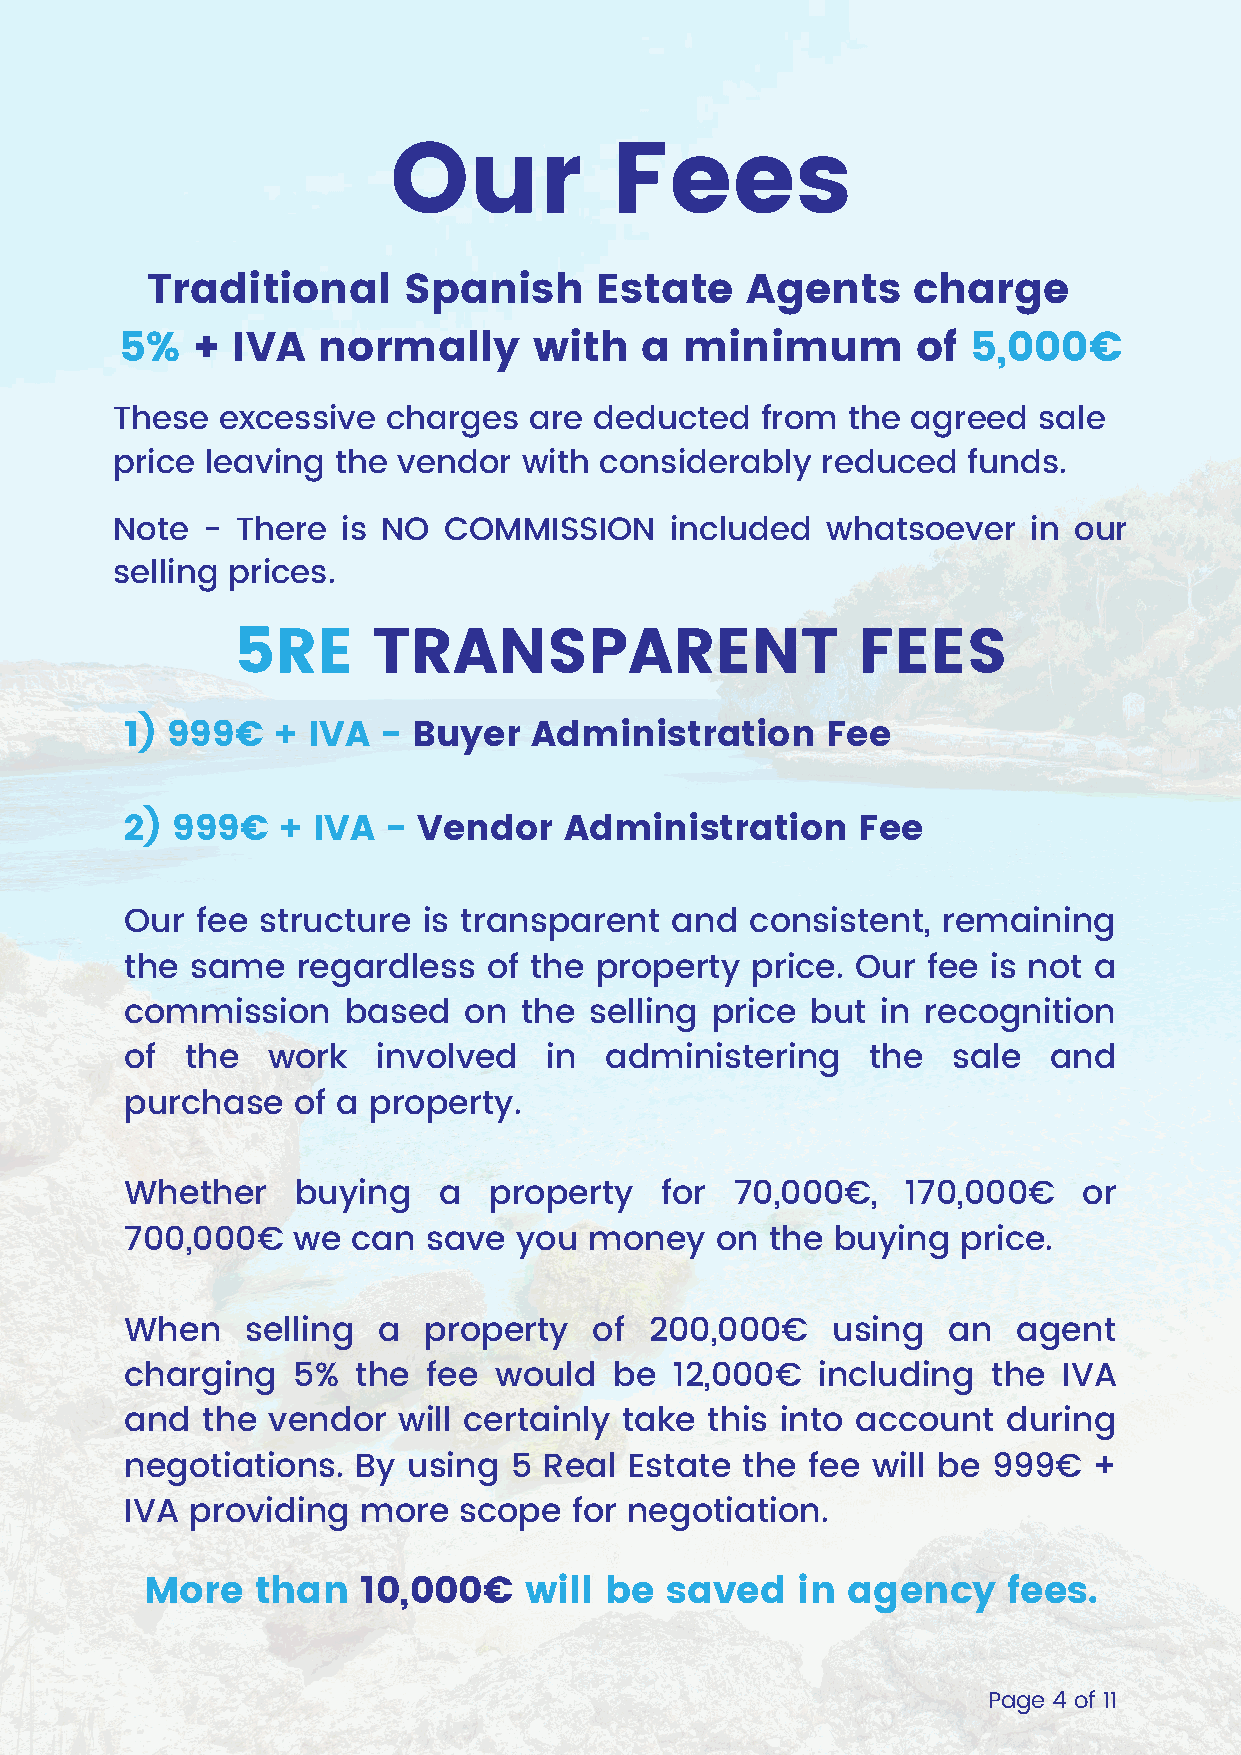
Our           Fees
 Traditional      Spanish     Estate    Agents     charge
 5%   + IVA   normally      with   a  minimum         of 5,000€
 These  excessive   charges  are deducted   from  the agreed   sale
 price  leaving the vendor   with considerably  reduced   funds.
 Note  -  There  is NO COMMISSION     included   whatsoever   in our
 selling prices.
 5RE       TRANSPARENT                     FEES
 1) 999€   + IVA  - Buyer   Administration      Fee
 2) 999€   +  IVA  - Vendor   Administration      Fee
 Our  fee structure  is transparent  and   consistent, remaining
 the  same   regardless  of the property   price. Our fee  is not a
 commission     based   on the  selling price  but in recognition
 of  the   work   involved   in  administering     the  sale  and
 purchase   of a property.
 Whether     buying   a  property    for  70,000€,   170,000€    or
 700,000€   we  can  save  you  money   on  the buying   price.
 When    selling  a  property   of  200,000€    using   an  agent
 charging   5%   the fee  would   be  12,000€  including   the IVA
 and  the  vendor  will certainly take  this into account   during
 negotiations.   By using  5 Real  Estate the  fee will be 999€  +
 IVA  providing  more  scope   for negotiation.
 More   than   10,000€    will be  saved    in agency     fees.
 Page 4 of 11